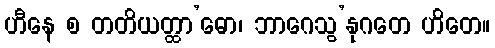
ဟီနေ စ တတိယတ္ထာ’ဓော၊ ဘာဂေသွ’နုဂတေ ဟိတေ။